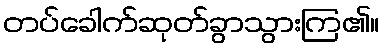
တပ်ခေါက်ဆုတ်ခွာသွားကြ၏။